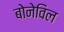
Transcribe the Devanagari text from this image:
बोनेविल